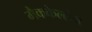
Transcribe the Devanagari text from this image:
मैककेल्लेन